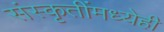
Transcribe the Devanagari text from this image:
संस्कृतींमध्येही